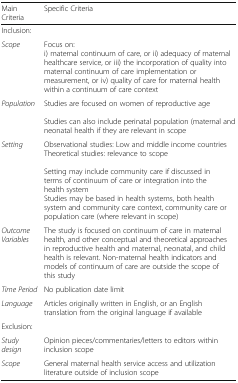
<table><thead><tr><td><b>Main Criteria</b></td><td><b>Specific Criteria</b></td></tr></thead><tbody><tr><td colspan="2">Inclusion:</td></tr><tr><td><i>Scope</i></td><td>Focus on:i) maternal continuum of care, or ii) adequacy of maternal healthcare service, or iii) the incorporation of quality into maternal continuum of care implementation or measurement, or iv) quality of care for maternal health within a continuum of care context</td></tr><tr><td><i>Population</i></td><td>Studies are focused on women of reproductive ageStudies can also include perinatal population (maternal and neonatal health if they are relevant in scope</td></tr><tr><td><i>Setting</i></td><td>Observational studies: Low and middle income countriesTheoretical studies: relevance to scopeSetting may include community care if discussed in terms of continuum of care or integration into the health systemStudies may be based in health systems, both health system and community care context, community care or population care (where relevant in scope)</td></tr><tr><td><i>Outcome Variables</i></td><td>The study is focused on continuum of care in maternal health, and other conceptual and theoretical approaches in reproductive health and maternal, neonatal, and child health is relevant. Non-maternal health indicators and models of continuum of care are outside the scope of this study</td></tr><tr><td><i>Time Period</i></td><td>No publication date limit</td></tr><tr><td><i>Language</i></td><td>Articles originally written in English, or an English translation from the original language if available</td></tr><tr><td colspan="2">Exclusion:</td></tr><tr><td><i>Study design</i></td><td>Opinion pieces/commentaries/letters to editors within inclusion scope</td></tr><tr><td><i>Scope</i></td><td>General maternal health service access and utilization literature outside of inclusion scope</td></tr></tbody></table>